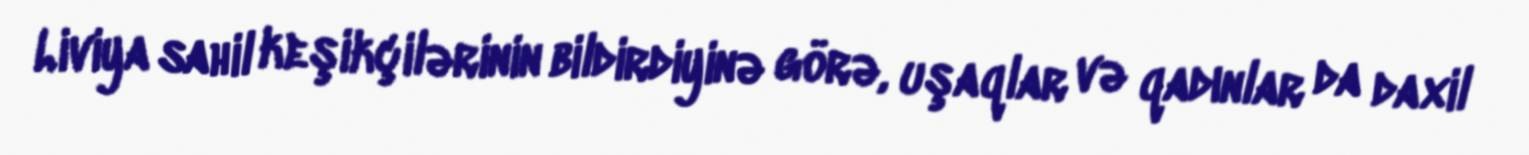
Liviya sahil keşikçilərinin bildirdiyinə görə, uşaqlar və qadınlar da daxil